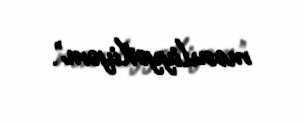
məsuliyyətliyəm”.